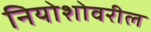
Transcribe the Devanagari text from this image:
नियोशोवरील